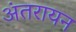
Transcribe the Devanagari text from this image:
अंतरायन